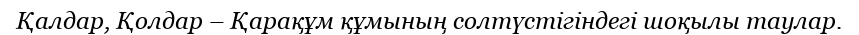
Қалдар, Қолдар – Қарақұм құмының солтүстігiндегі шоқылы таулар.